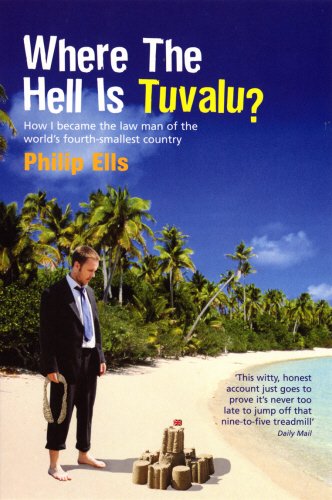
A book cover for Where the Hell is Tuvalu?; Philip Ells; Travel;